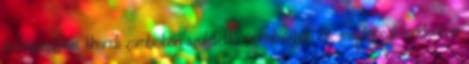
beleszerettem. thandi zambiában született, zimbabwéban élt, majd most londonban